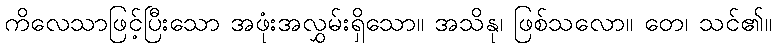
ကိလေသာဖြင့်ပြီးသော အဖုံးအလွှမ်းရှိသော။ အသိနု၊ ဖြစ်သလော။ တေ၊ သင်၏။